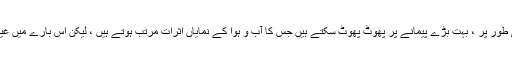
ییلو اسٹون (USA) ، ٹوبہ (انڈونیشیا) اور تپو (نیوزی لینڈ) جیسے بڑے آتش فشاں نظریاتی طور پر ، بہت بڑے پیمانے پر پھوٹ پھوٹ سکتے ہیں جس کا آب و ہوا کے نمایاں اثرات مرتب ہوتے ہیں ، لیکن اس بارے میں غیر یقینی صورتحال ہے کہ ان آتش فشاں آب و ہوا پر کتنے عرصے تک اثر انداز ہوتے ہیں۔